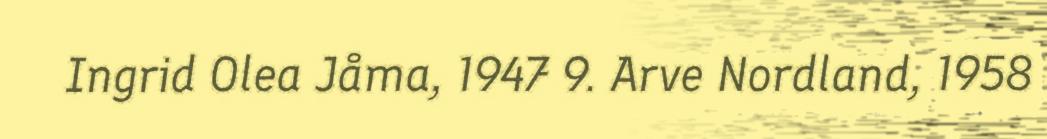
Ingrid Olea Jåma, 1947 9. Arve Nordland, 1958